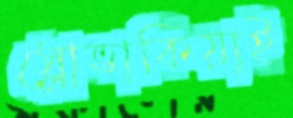
স্লোভাকিয়াই